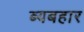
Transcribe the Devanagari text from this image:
ब्यबहार